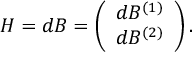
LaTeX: H = d B = \left( \begin{array} { c c } { { d B ^ { ( 1 ) } } } \\ { { d B ^ { ( 2 ) } } } \end{array} \right) .